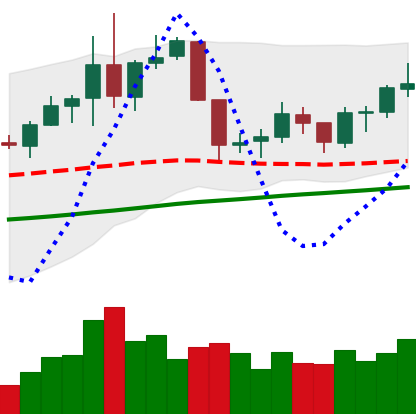
Ticker: NEO-USD
Chart end date: 2019-06-13
Forward return: 4.837%
Label: up_3_5